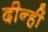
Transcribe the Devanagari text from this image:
दीन्‍हीं